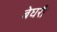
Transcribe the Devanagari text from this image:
बेघरी